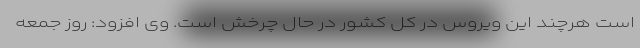
است هرچند این ویروس در کل کشور در حال چرخش است. وی افزود: روز جمعه